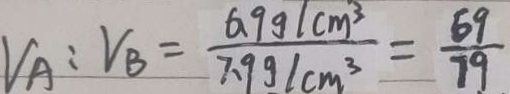
V _ { A } : V _ { B } = \frac { 6 . 9 g / c m ^ { 3 } } { 7 . 9 g / c m ^ { 3 } } = \frac { 6 9 } { 7 9 }